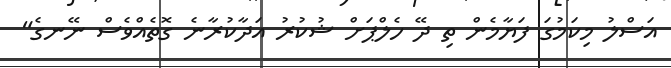
އަސްލު މިކަމުގަ ފަޔާމެން ތި ދޭ ހެލްޕަށް ޝުކުރު އަދާކުރާނެ ގޮތެއްވެސް ނޭނގެ"